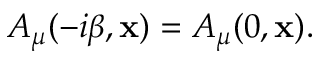
A _ { \mu } ( - i \beta , { \bf x } ) = A _ { \mu } ( 0 , { \bf x } ) .